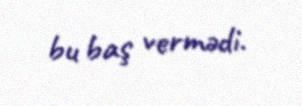
bu baş vermədi.